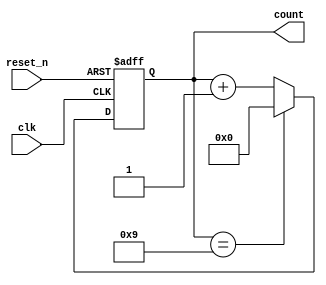
module bcd_async_counter (
    input wire clk,        // Clock signal
    input wire reset_n,    // Asynchronous active-low reset
    output reg [3:0] count // 4-bit output for BCD count
);

// Always block triggered on the clock edge
always @(posedge clk or negedge reset_n) begin
    if (!reset_n) begin
        count <= 4'b0000; // Reset the counter to 0
    end else begin
        if (count == 4'b1001) begin
            count <= 4'b0000; // Reset to 0 when count reaches 10 (1010)
        end else begin
            count <= count + 1; // Increment the counter
        end
    end
end

endmodule